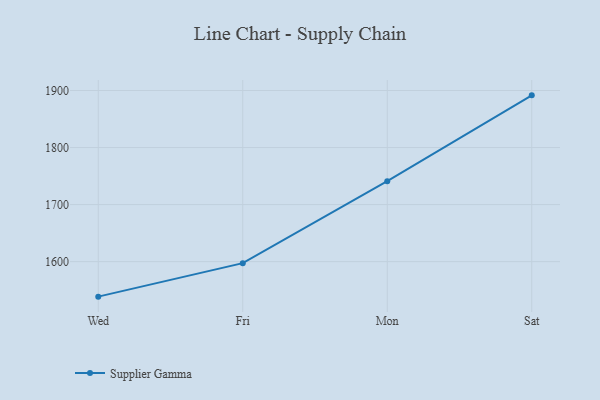
{"axis": {"x": "Day", "y": "Shipments"}, "legend": ["Supplier Gamma"], "data": [{"x": "Wed", "y": 1538.6, "type": "Supplier Gamma"}, {"x": "Fri", "y": 1597.3, "type": "Supplier Gamma"}, {"x": "Mon", "y": 1741.1, "type": "Supplier Gamma"}, {"x": "Sat", "y": 1891.5, "type": "Supplier Gamma"}]}